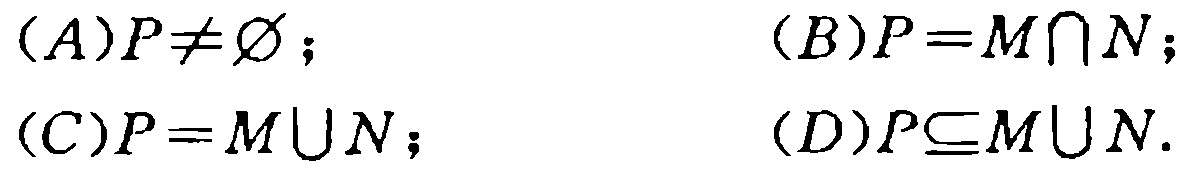
(A)$P\neq\varnothing$；(B)$P = M\cap N$；(C)$P = M\cup N$；(D)$P\subseteq M\cup N$.